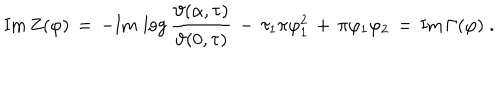
\mathrm { I m } \, Z ( \varphi ) \, = \, - \mathrm { I m } \, \log \frac { \vartheta ( \alpha , \tau ) } { \vartheta ( 0 , \tau ) } \, - \, \tau _ { 1 } \pi \varphi _ { 1 } ^ { 2 } \, + \, \pi \varphi _ { 1 } \varphi _ { 2 } \, = \, \mathrm { I m } \, \Gamma ( \varphi ) \; .